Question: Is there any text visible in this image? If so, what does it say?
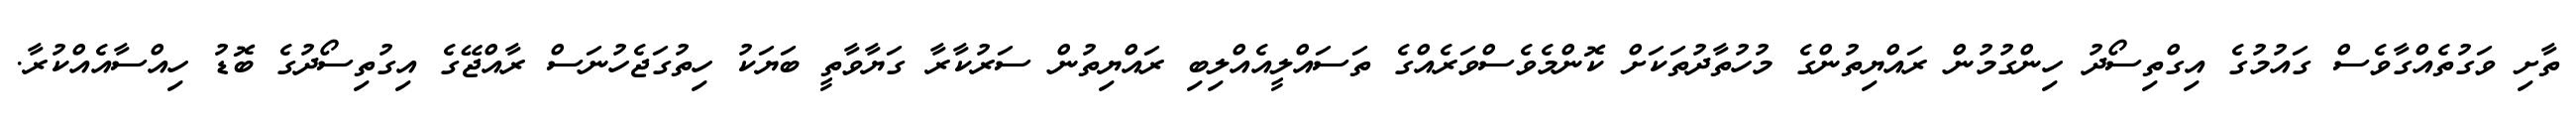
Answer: ތާށި ވަގުތެއްގާވެސް ގައުމުގެ އިގްތިސޯދު ހިންގުމުން ރައްޔިތުންގެ މުހުތާދުތަކަށް ކޮންމެވެސްވަރެއްގެ ތަސައްލީއެއްލިބި ރައްޔިތުން ސަރުކާރާ ގަޔާވާތީ ބަޔަކު ހިތުގަޖެހުނަސް ރާއްޖޭގެ އިގުތިސޯދުގެ ބޮޑު ހިއްސާއެއްކުރާ.